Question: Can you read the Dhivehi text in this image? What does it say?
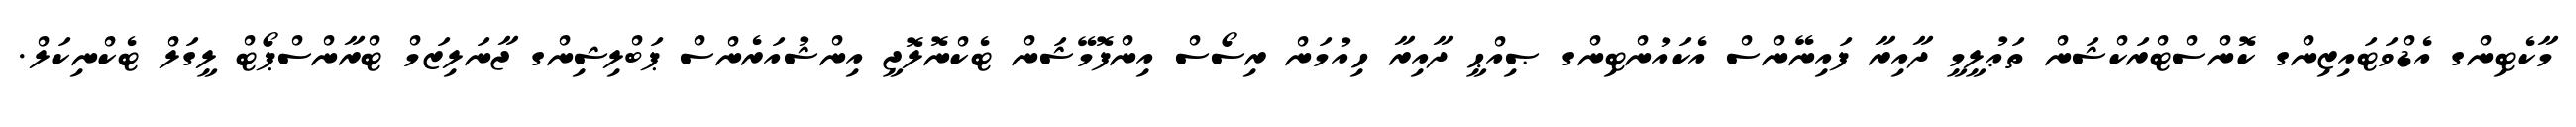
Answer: މާކެޓިންގ އެޑްވަޓައިޒިންގ ކޮންސްޓްރަކްޝަން ތަޢުލީމީ ދާއިރާ ފައިނޭންސް އެކައުންޓިންގ ޞިއްޙީ ދާއިރާ ހިއުމަން ރިސޯސް އިންފޮމޭޝަން ޓެކްނޮލޮޖީ އިންޝުއަރެންސް ޕަބްލިޝިންގ ޖާނަލިޒަމް ޓްރާންސްޕޯޓް ލީގަލް ޓެކްނިކަލް.